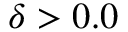
\delta > 0 . 0